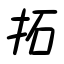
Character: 拓